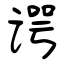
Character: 谔